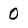
Character: O